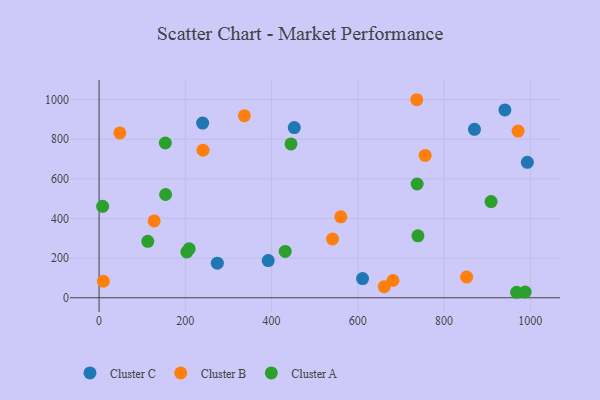
{"axis": {"x": "Speed", "y": "Fuel Efficiency"}, "legend": ["Cluster A", "Cluster B", "Cluster C"], "data": [{"x": "870.4", "y": 849.8, "type": "Cluster C"}, {"x": "274.2", "y": 174.7, "type": "Cluster C"}, {"x": "610.9", "y": 96.7, "type": "Cluster C"}, {"x": "392.1", "y": 187.9, "type": "Cluster C"}, {"x": "941.0", "y": 948.0, "type": "Cluster C"}, {"x": "452.6", "y": 858.8, "type": "Cluster C"}, {"x": "240.1", "y": 881.4, "type": "Cluster C"}, {"x": "993.1", "y": 683.3, "type": "Cluster C"}, {"x": "48.1", "y": 831.7, "type": "Cluster B"}, {"x": "541.3", "y": 296.5, "type": "Cluster B"}, {"x": "852.3", "y": 104.6, "type": "Cluster B"}, {"x": "560.4", "y": 408.4, "type": "Cluster B"}, {"x": "240.9", "y": 744.7, "type": "Cluster B"}, {"x": "336.9", "y": 918.5, "type": "Cluster B"}, {"x": "736.6", "y": 999.3, "type": "Cluster B"}, {"x": "9.9", "y": 83.3, "type": "Cluster B"}, {"x": "756.1", "y": 718.3, "type": "Cluster B"}, {"x": "681.4", "y": 87.2, "type": "Cluster B"}, {"x": "127.7", "y": 387.7, "type": "Cluster B"}, {"x": "661.2", "y": 55.8, "type": "Cluster B"}, {"x": "971.5", "y": 841.1, "type": "Cluster B"}, {"x": "737.5", "y": 574.0, "type": "Cluster A"}, {"x": "431.6", "y": 233.7, "type": "Cluster A"}, {"x": "203.5", "y": 231.5, "type": "Cluster A"}, {"x": "987.9", "y": 29.2, "type": "Cluster A"}, {"x": "112.9", "y": 285.0, "type": "Cluster A"}, {"x": "154.2", "y": 521.1, "type": "Cluster A"}, {"x": "968.1", "y": 27.7, "type": "Cluster A"}, {"x": "8.2", "y": 461.2, "type": "Cluster A"}, {"x": "739.4", "y": 312.5, "type": "Cluster A"}, {"x": "153.6", "y": 780.9, "type": "Cluster A"}, {"x": "909.0", "y": 485.5, "type": "Cluster A"}, {"x": "208.9", "y": 246.7, "type": "Cluster A"}, {"x": "445.0", "y": 776.4, "type": "Cluster A"}]}